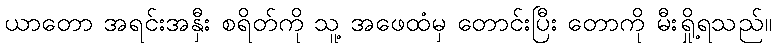
ယာတော အရင်းအနှီး စရိတ်ကို သူ့ အဖေထံမှ တောင်းပြီး တောကို မီးရှို့ရသည်။